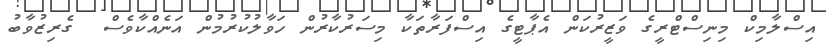
އިސްލާމިކް މިނިސްޓްރީގެ ވަޒީރުކަން އެޕާޓީގެ އިސްފަރާތަކާ މިސަރުކާރުން ހަވާލުކުރުމުން އަނެއްކާވެސް  ގެރިޒުވާބު